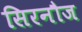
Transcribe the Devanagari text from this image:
सिरनौज